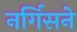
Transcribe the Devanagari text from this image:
नर्गिसने